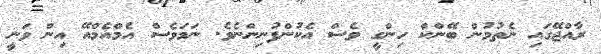
ރާއްޖޭގައި ނެތުމުން ބޭންކް ހިންގީ ވެސް އެކުންފުނިންނެވެ. ނަމަވެސް އެމްއެމްއޭ އިން ވަނީ